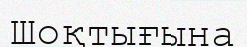
Шоқтығына